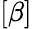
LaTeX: [\beta]